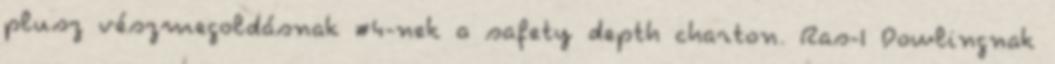
plusz vészmegoldásnak #4-nek a safety depth charton. Ras-I Dowlingnak